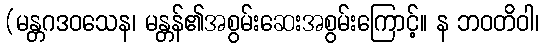
(မန္တဂဒဝသေန၊ မန္တန်၏အစွမ်းဆေးအစွမ်းကြောင့်။ န ဘဝတိဝါ၊